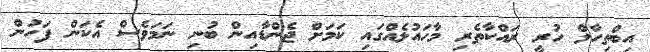
އިބްތިހާލް ހުރީ ރައްކާތެރި މާހައުލެއްގައި ކަމަށް ޖެންޑާއިން ބުނި ނަމަވެސް އެކަން ފަހުން